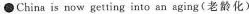
\bulletChina is now gettinginto an aging(老龄化)